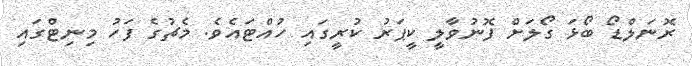
ރޮނަލްޑޯ ބޯޅަ ގޯލަށް ފޮނުވާލީ ކީޕަރު ކުރީގައި ހުއްޓައެވެ. މެޗުގެ ފަހު މިނިޓްގައި